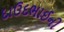
દાઉદભાઈની